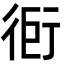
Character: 衐